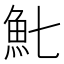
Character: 𩵐